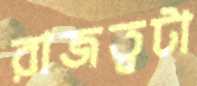
রাজত্বটা